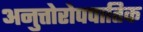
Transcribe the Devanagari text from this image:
अनुत्तोरोपपातिक